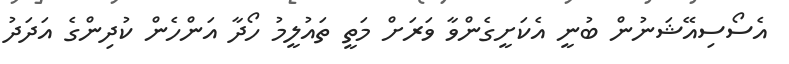
އެސޯސިއޭޝަނުން ބުނީ އެކަށީގެންވާ ވަރަށް މަތީ ތައުލީމު ހޯދާ އަންހެން ކުދިންގެ އަދަދު